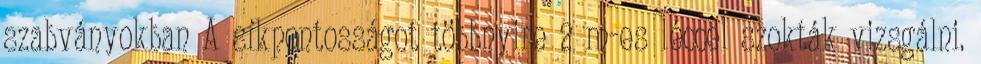
szabványokban A síkpontosságot többnyire 2 m-es léccel szokták vizsgálni.